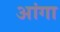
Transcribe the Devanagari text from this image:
आंगा